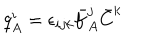
q _ { A } ^ { i } = \epsilon _ { i j k } \bar { f } _ { A } ^ { j } \bar { C } ^ { k }